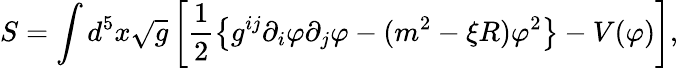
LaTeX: S=\int d^{5}x\sqrt{g}\left[\frac{1}{2}\left\{ g^{ij}\partial_{i}\varphi\partial_{j}\varphi-(m^{2}-\xi R)\varphi^{2}\right\} -V(\varphi)\right],